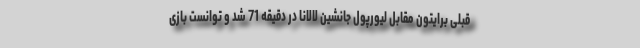
قبلی برایتون مقابل لیورپول جانشین لالانا در دقیقه 71 شد و توانست بازی